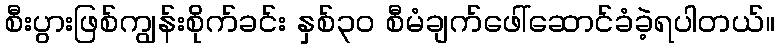
စီးပွားဖြစ်ကျွန်းစိုက်ခင်း နှစ်၃၀ စီမံချက်ဖေါ်ဆောင်ခံခဲ့ရပါတယ်။